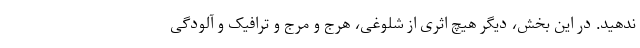
ندهید. در این بخش، دیگر هیچ اثری از شلوغی، هرج و مرج و ترافیک و آلودگی